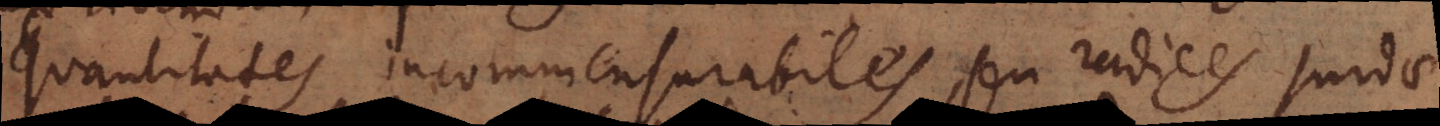
quantitates incommensurabiles, seu radices surdae